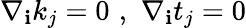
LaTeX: \nabla_{\mathbf{i}}k_{j}=0\, \, ,\, \, \nabla_{\mathbf{i}}t_{j}=0